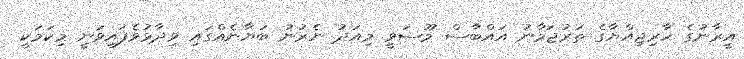
އީރާނުގެ ޚާރިޖިއްޔާގެ ތަރުޖަމާނު އައްބާސް މޫސަވީ މިއަދު ނެރުނު ބަޔާނެއްގައި ވިދާޅުވެފައިވަނީ މިކަމަކީ